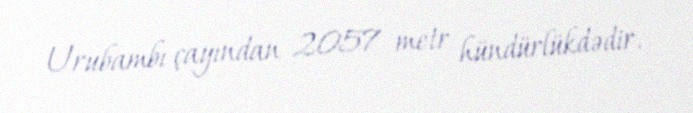
Urubambı çayından 2057 metr hündürlükdədir.